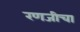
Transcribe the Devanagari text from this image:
रणजीचा